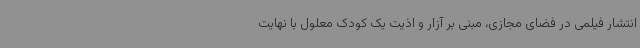
انتشار فیلمی در فضای مجازی، مبنی بر آزار و اذیت یک کودک معلول با نهایت